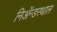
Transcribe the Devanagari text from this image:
निअॅन्डरथाल